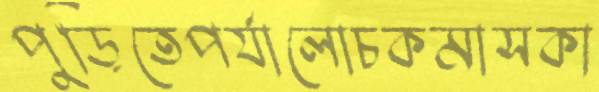
পুড়িতেপর্যালোচকমাসকা